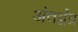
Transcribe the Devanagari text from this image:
अंतर्द्वंद्र